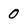
Character: 0